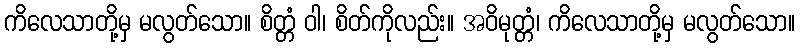
ကိလေသာတို့မှ မလွတ်သော။ စိတ္တံ ဝါ၊ စိတ်ကိုလည်း။ အဝိမုတ္တံ၊ ကိလေသာတို့မှ မလွတ်သော။